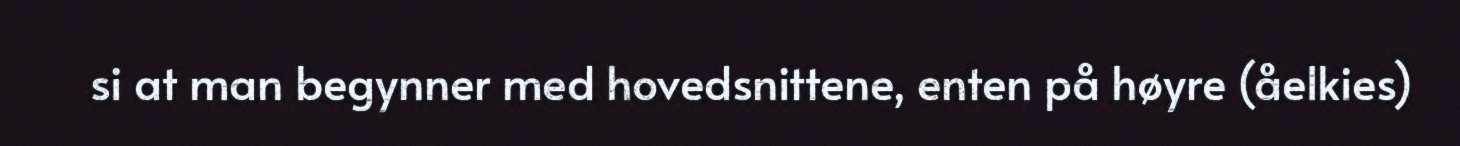
si at man begynner med hovedsnittene, enten på høyre (åelkies)